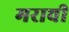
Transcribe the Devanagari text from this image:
मराची